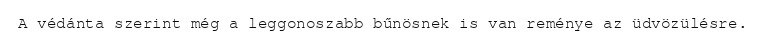
A védánta szerint még a leggonoszabb bűnösnek is van reménye az üdvözülésre.